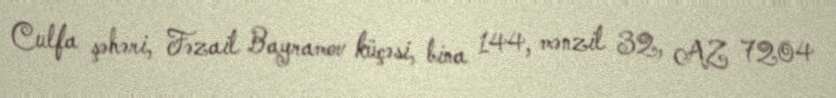
Culfa şəhəri, Fəzail Bayramov küçəsi, bina 144, mənzil 32, AZ 7204